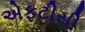
એફટીસી